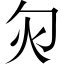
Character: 灳